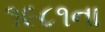
૧૯૮૧ના